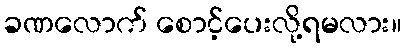
ခဏလောက် စောင့်ပေးလို့ရမလား။